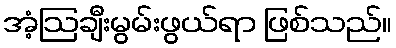
အံ့ဩချီးမွမ်းဖွယ်ရာ ဖြစ်သည်။